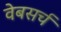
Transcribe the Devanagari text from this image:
वेबसर्च